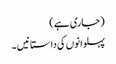
(جاری ہے )
پہلوانوں کی داستانیں ۔